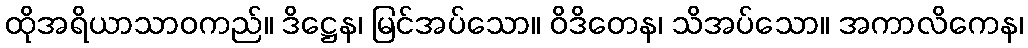
ထိုအရိယာသာဝကည်။ ဒိဋ္ဌေန၊ မြင်အပ်သော။ ဝိဒိတေန၊ သိအပ်သော။ အကာလိကေန၊